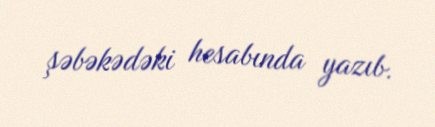
şəbəkədəki hesabında yazıb.